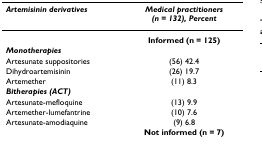
<table><thead><tr><td><b><i>Artemisinin derivatives</i></b></td><td><b><i>Medical practitioners</i><i>(n = 132), Percent</i></b></td></tr></thead><tbody><tr><td></td><td><b>Informed (n = 125)</b></td></tr><tr><td><b><i>Monotherapies</i></b></td><td></td></tr><tr><td>Artesunate suppositories</td><td>(56) 42.4</td></tr><tr><td>Dihydroartemisinin</td><td>(26) 19.7</td></tr><tr><td>Artemether</td><td>(11) 8.3</td></tr><tr><td><b><i>Bitherapies (ACT)</i></b></td><td></td></tr><tr><td>Artesunate-mefloquine</td><td>(13) 9.9</td></tr><tr><td>Artemether-lumefantrine</td><td>(10) 7.6</td></tr><tr><td>Artesunate-amodiaquine</td><td>(9) 6.8</td></tr><tr><td></td><td><b>Not informed (n = 7)</b></td></tr></tbody></table>